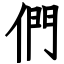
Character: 們